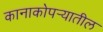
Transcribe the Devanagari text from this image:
कानाकोपर्‍यातील